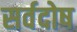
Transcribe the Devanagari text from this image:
सर्वदोष